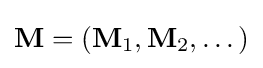
\mathbf {M} =(\mathbf {M} _{1},\mathbf {M} _{2},\dots )